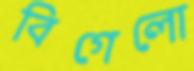
বিগেলো